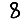
Digit: 8